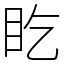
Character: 盵